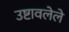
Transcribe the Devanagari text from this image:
उष्टावलेले